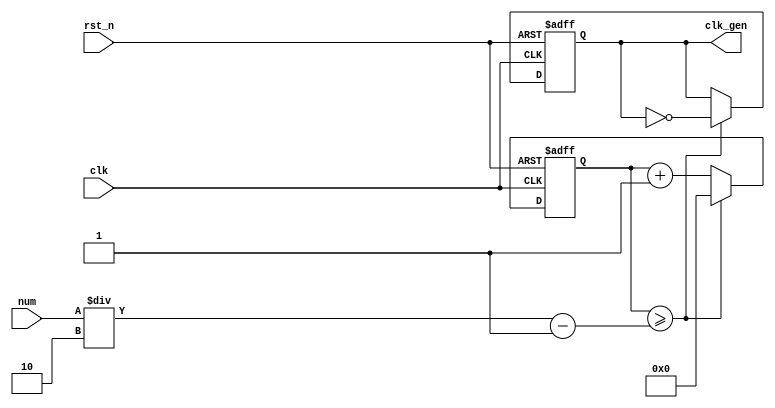
// ---------------------------------------------------------
//             ir sensor remote control
// Assignment: week 9
// Course: practice in digital logic design
// return pressed controller button value at FPGA display
// --------------------- list ---------------------
// 01. NCO (1M Hz) << week5 P1
// 02. FND decoder << week5 P1
// 03. LED display << week5 P1
// 04. ir_rx
// 05. Top module
// ---------------------------------------------------------

// ------------------------------------------------
// NCO (1M Hz)
// ------------------------------------------------
module nco ( clk_gen, num, clk, rst_n );

output		clk_gen	;
input	[31:0]	num	;
input		clk	;
input		rst_n	;

reg	[31:0]	cnt	;
reg		clk_gen	;

always	@(posedge clk or negedge rst_n) begin
	if (rst_n == 1'b0) begin // reset
		cnt	<= 32'd0;
		clk_gen	<= 1'd0	;
	end else begin
		if (cnt >= num/2-1) begin
			cnt	<= 32'd0	;
			clk_gen	<= ~clk_gen	;
		end else begin
			cnt	<= cnt + 1'b1	;
		end
	end
end
endmodule

// ------------------------------------------------
// FND decoder
// ------------------------------------------------
module	fnd_dec ( o_seg, i_num );

output	[6:0]	o_seg	;	// segment
input	[3:0]	i_num	;	// input number
reg	[6:0]	o_seg	;

always	@(*)	begin
	case (i_num)
		4'b0000 : o_seg = 8'b111_1110;	// 0
		4'b0001 : o_seg = 8'b011_0000;	// 1
		4'b0010 : o_seg = 8'b110_1101;	// 2
		4'b0011 : o_seg = 8'b111_1001;	// 3
		4'b0100 : o_seg = 8'b011_0011;	// 4
		4'b0101 : o_seg = 8'b101_1011;	// 5
		4'b0110 : o_seg = 8'b101_1111;	// 6
		4'b0111 : o_seg = 8'b111_0000;	// 7
		4'b1000 : o_seg = 8'b111_1111;	// 8
		4'b1001 : o_seg = 8'b111_0011;	// 9
		4'b1010 : o_seg = 8'b111_0111;	// A
		4'b1011 : o_seg = 8'b001_1111;	// B
		4'b1100 : o_seg = 8'b100_1110;	// C
		4'b1101 : o_seg = 8'b011_1101;	// D
		4'b1110 : o_seg = 8'b100_1111;	// E
		4'b1111 : o_seg = 8'b100_0111;	// F
		default : o_seg = 8'b000_0000;
	endcase
end
endmodule

// ------------------------------------------------
// LED display
// ------------------------------------------------
module	led_disp ( o_seg, o_seg_dp, o_seg_enb, i_six_digit_seg, i_six_dp, clk, rst_n );

output	[5:0]	o_seg_enb	;	// common cathod
output		o_seg_dp	;	// chosen common cathod's dot
output	[6:0]	o_seg		;	// chosen common cathod's 7 seg

input	[41:0]	i_six_digit_seg	;	// all segment
input	[5:0]	i_six_dp	;	// all dot
input		clk		;
input		rst_n		;

wire		clk_gen		;

// *********************** .o_gen_clk (x), .clk_gen modified (o) ***********************
nco	u_nco ( .clk_gen ( clk_gen ), .num ( 32'd100000 ), .clk ( clk ), .rst_n ( rst_n ));	// num *= 1/100

reg	[3:0]	cnt_common_node	;

always	@(posedge clk_gen or negedge rst_n) begin
	if (rst_n == 1'b0) begin
		cnt_common_node <= 4'd0;
	end else begin
		if (cnt_common_node >= 4'd5) begin // 0~5 counter for common cathod
			cnt_common_node <= 4'd0;
		end else begin
			cnt_common_node <= cnt_common_node + 1'b1;
		end
	end
end

reg	[5:0]	o_seg_enb	;

always	@(cnt_common_node) begin
	case (cnt_common_node)
		4'd0 : o_seg_enb = 6'b111110;
		4'd1 : o_seg_enb = 6'b111101;
		4'd2 : o_seg_enb = 6'b111011;
		4'd3 : o_seg_enb = 6'b110111;
		4'd4 : o_seg_enb = 6'b101111;
		4'd5 : o_seg_enb = 6'b011111;
	endcase
end

reg		o_seg_dp	;

always	@(cnt_common_node) begin
	case (cnt_common_node)
		4'd0 : o_seg_dp = i_six_dp[0];
		4'd1 : o_seg_dp = i_six_dp[1];
		4'd2 : o_seg_dp = i_six_dp[2];
		4'd3 : o_seg_dp = i_six_dp[3];
		4'd4 : o_seg_dp = i_six_dp[4];
		4'd5 : o_seg_dp = i_six_dp[5];
	endcase
end

reg	[6:0]	o_seg		;

always	@(cnt_common_node) begin
	case (cnt_common_node)
		4'd0 : o_seg = i_six_digit_seg[6:0];
		4'd1 : o_seg = i_six_digit_seg[13:7];
		4'd2 : o_seg = i_six_digit_seg[20:14];
		4'd3 : o_seg = i_six_digit_seg[27:21];
		4'd4 : o_seg = i_six_digit_seg[34:28];
		4'd5 : o_seg = i_six_digit_seg[41:35];
	endcase
end

endmodule

// ------------------------------------------------
// ir_rx
// ------------------------------------------------
module ir_rx ( o_data, i_ir_rxb, clk, rst_n );

output	[31:0]	o_data		;
input		i_ir_rxb	;
input		clk		;
input		rst_n		;

parameter IDLE	= 2'b00		;
parameter LEADCODE = 2'b01	;
parameter DATACODE = 2'b10	;
parameter COMPLETE = 2'b11	;

// 1M Clock = 1s reference Time ( check signal every 1s(1/10^6 sec) )
wire		clk_1M		;
nco		u_nco ( .clk_gen ( clk_1M ), .num ( 32'd50 ), .clk ( clk ), .rst_n ( rst_n )); // num = 32'd50000000 : 1Hz clk

wire		ir_rx		;
assign	ir_rx = ~i_ir_rxb	;

reg	[1:0]	seq_rx		; // present state

// seq_rx = {prev signal, present signal} (1s)
always	@(posedge clk_1M or negedge rst_n) begin
	if (rst_n == 1'b0) begin
		seq_rx <= 2'b00;
	end else begin
		seq_rx <= {seq_rx[0], ir_rx};
	end
end

// Count Signal Polarity (High & Low) (1s)
reg	[15:0]	cnt_h		;
reg	[15:0]	cnt_l		;
always	@(posedge clk_1M or negedge rst_n) begin
	if (rst_n == 1'b0) begin
		cnt_h <= 16'd0;
		cnt_l <= 16'd0;
	end else begin
		case (seq_rx)
			2'b00: cnt_l <= cnt_l + 1;
			2'b01: begin // 0 -> 1 reset
				cnt_l <= 16'd0;
				cnt_h <= 16'd0;
			end
			2'b11: cnt_h <= cnt_h + 1;
		endcase
	end
end

reg	[1:0]	state		;
reg	[5:0]	cnt32		;

// state checking (1s)
always	@(posedge clk_1M or negedge rst_n) begin
	if (rst_n == 1'b0) begin
		state <= IDLE;
		cnt32 <= 6'd0;
	end else begin
		case (state)
			IDLE: begin
				state <= LEADCODE;
				cnt32 <= 6'd0;
			end
			LEADCODE: begin // (1ms = 1000s)
				if (cnt_h >= 8500 && cnt_l >= 4000) begin
					state <= DATACODE;
				end else begin
					state <= LEADCODE;
				end
			end
			DATACODE: begin
				if (seq_rx == 2'b01) begin
					cnt32 <= cnt32 + 1;
				end else begin
					cnt32 <= cnt32;
				end
				if (cnt32 >= 6'd32 & cnt_l >= 1000) begin
					state <= COMPLETE;
				end else begin
					state <= DATACODE;
				end
			end
			COMPLETE: state <= IDLE;
		endcase
	end
end

// 32bit Custom & Data Code
reg	[31:0]	data	;
reg	[31:0]	o_data	;

always	@(posedge clk_1M or negedge rst_n) begin
	if (rst_n == 1'b0) begin
		data <= 32'd0;
	end else begin
		case (state)
			DATACODE: begin
				if (cnt_l >= 1000) begin // 1bit
					data[32-cnt32] <= 1'b1;
				end else begin // 0bit
					data[32-cnt32] <= 1'b0;
				end
			end
		endcase
	end
end

endmodule

// ------------------------------------------------
// top_module
// ------------------------------------------------
module top ( o_seg, o_seg_dp, o_seg_enb, i_ir_rxb, clk, rst_n );

output	[6:0]	o_seg		;
output		o_seg_dp	;
output	[5:0]	o_seg_enb	;

input		i_ir_rxb	;
input		clk		;
input		rst_n		;

wire	[31:0]	data		;
ir_rx		u0_ir_rx ( .o_data ( data ), .i_ir_rxb ( i_ir_rxb ), .clk ( clk ), .rst_n ( rst_n ) );

wire	[41:0]	six_digit_seg	;
fnd_dec		u0_fnd_dec ( .o_seg ( six_digit_seg[6:0] ), .i_num ( data[3:0] ) );
fnd_dec		u1_fnd_dec ( .o_seg ( six_digit_seg[13:7] ), .i_num ( data[7:4] ) );
fnd_dec		u2_fnd_dec ( .o_seg ( six_digit_seg[20:14] ), .i_num ( data[11:8] ) );
fnd_dec		u3_fnd_dec ( .o_seg ( six_digit_seg[27:21] ), .i_num ( data[15:12] ) );
fnd_dec		u4_fnd_dec ( .o_seg ( six_digit_seg[34:28] ), .i_num ( data[19:16] ) );
fnd_dec		u5_fnd_dec ( .o_seg ( six_digit_seg[41:35] ), .i_num ( data[23:20] ) );

led_disp	u_led_disp ( .o_seg ( o_seg ), .o_seg_dp ( o_seg_dp ), .o_seg_enb ( o_seg_enb ), .i_six_digit_seg ( six_digit_seg ), .i_six_dp ( 6'h0 ), .clk ( clk ), .rst_n ( rst_n ) );

endmodule